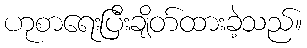
ဟုစာရေးပြီးချိတ်ထားခဲ့သည်။